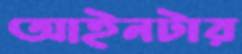
আইনটার